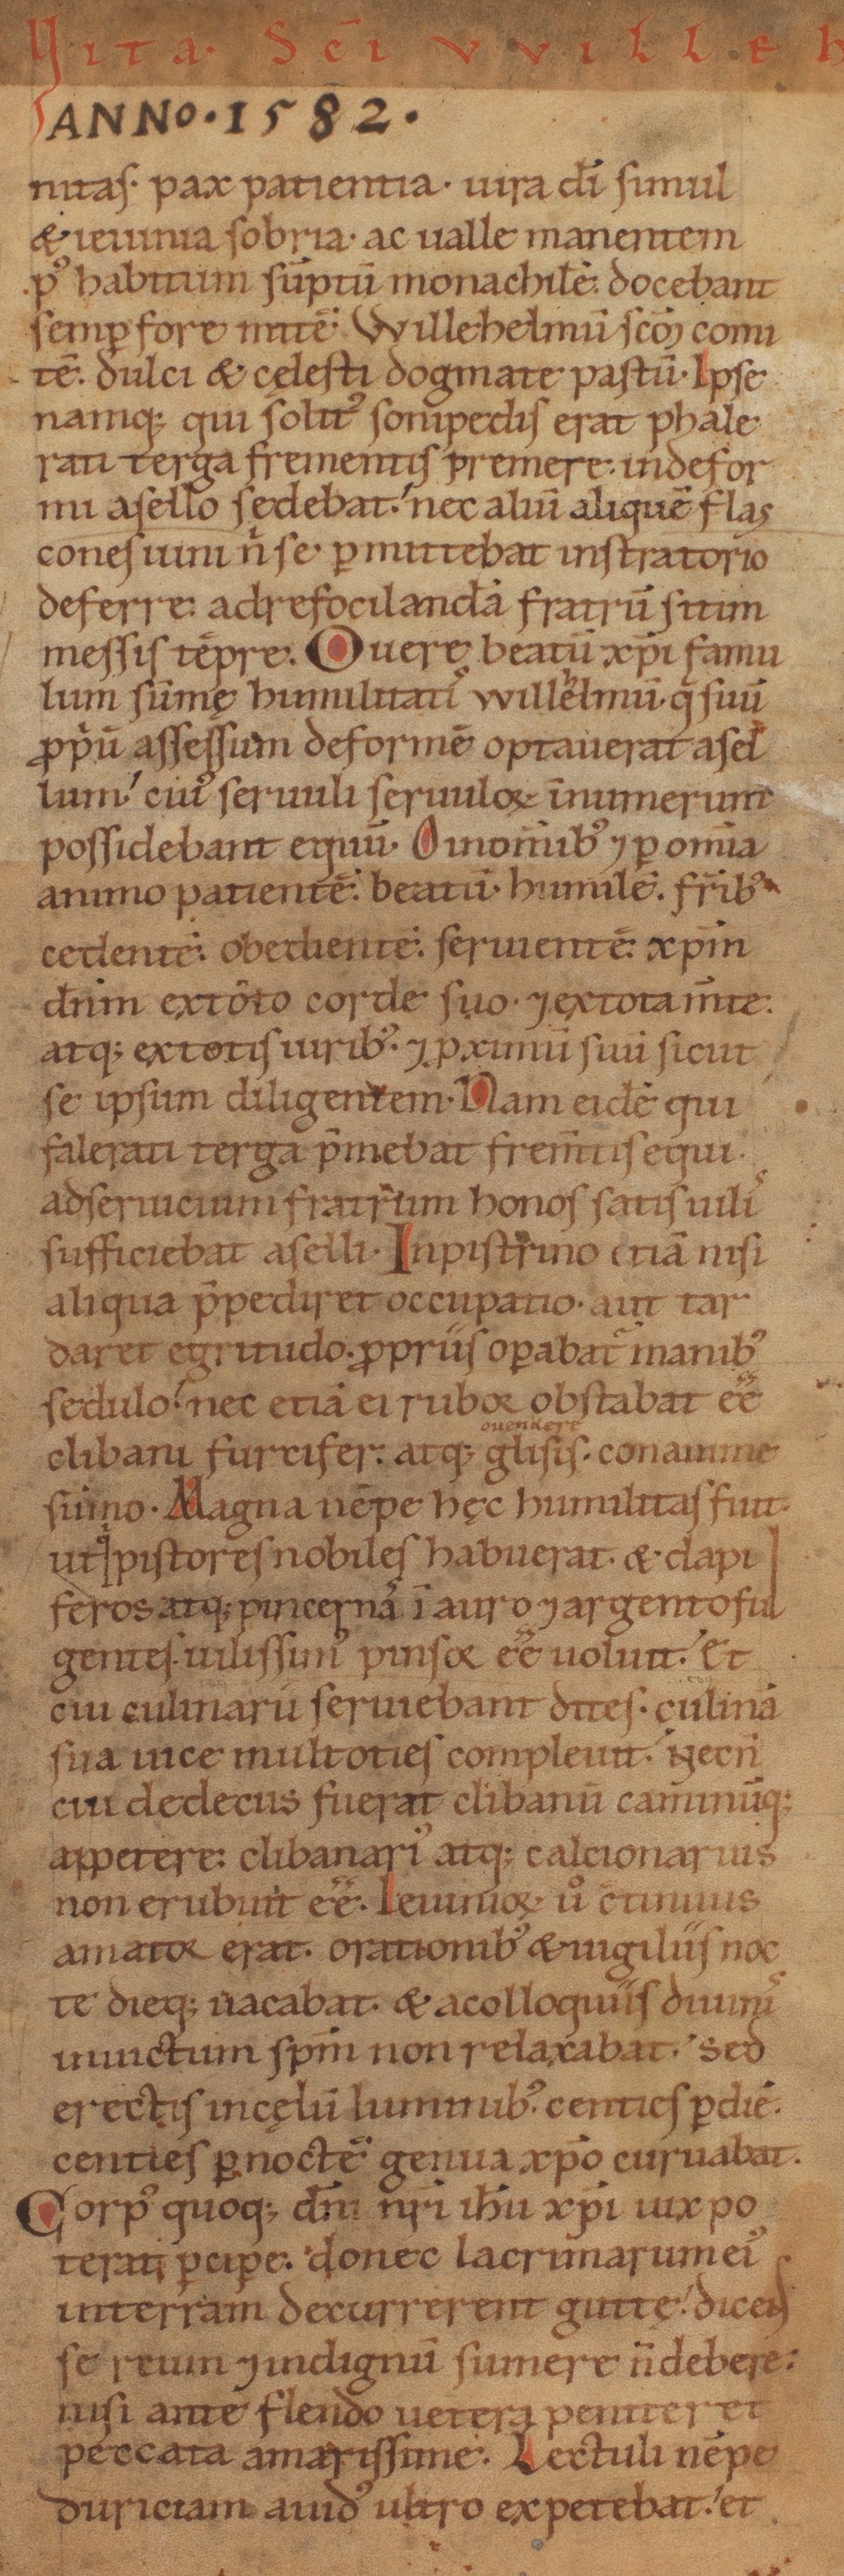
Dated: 1140–1170